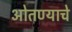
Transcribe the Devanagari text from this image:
ओतण्याचे